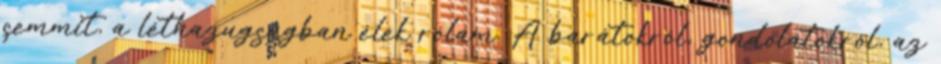
semmit, a léthazugságban élek rólam. A barátokról, gondolatokról, az